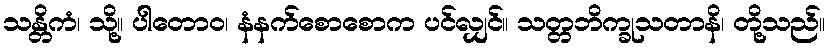
သန္တိကံ၊ သို့။ ပါတောဝ၊ နံနက်စောစောက ပင်လျှင်။ သတ္တဘိက္ခုသတာနိ၊ တို့သည်။